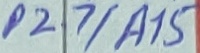
Text: P2.7/A15